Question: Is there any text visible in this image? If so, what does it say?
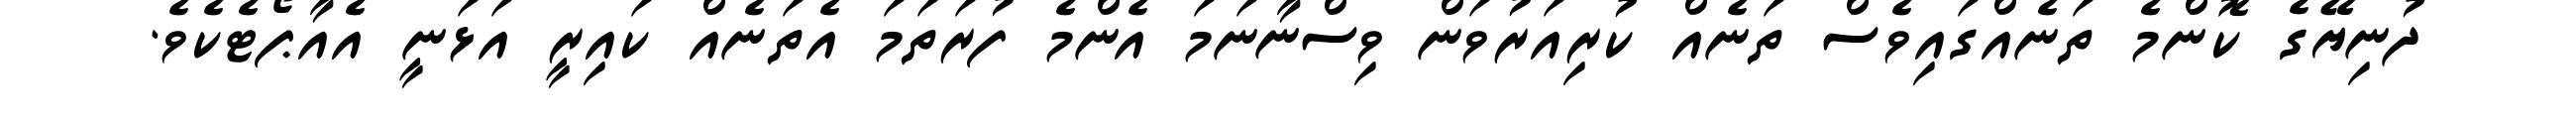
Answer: ދުނިޔޭގެ ކޮންމެ ތަނެއްގައިވެސް ތަނެއް ކުރިއަރުވަން ވިސްނާނަމަ އެންމެ ފުރަތަމަ އެތަނެއް ކައިރީ އަޅަނީ އެއާޕޯޓެކެވެ.